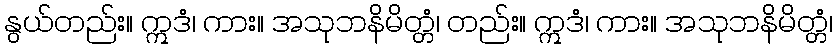
နွယ်တည်း။ ဣဒံ၊ ကား။ အသုဘနိမိတ္တံ၊ တည်း။ ဣဒံ၊ ကား။ အသုဘနိမိတ္တံ၊